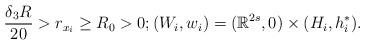
LaTeX: \begin{align*}\frac{\delta_3R}{20}>r_{x_i}\geq R_0>0; (W_i, w_i)= (\mathbb{R}^{2s}, 0)\times (H_i, h_i^*).\end{align*}